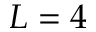
L = 4